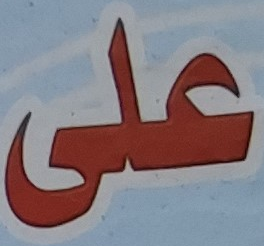
على